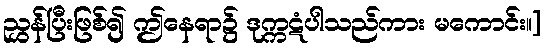
ညွှန်ပြီးဖြစ်၍ ဤနေရာ၌ ဒုက္ကဋံပါသည်ကား မကောင်း။]